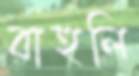
বাহুলি